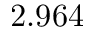
2 . 9 6 4